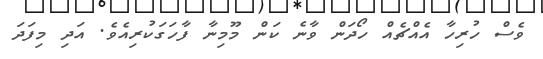
ވެސް ހުރިހާ އެއްޗެއް ހޯދަން ވާނެ ކަން މޫމިނާ ފާހަގަކުރިއެވެ. އަދި މިފަދަ